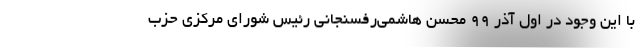
با این وجود در اول آذر ۹۹ محسن هاشمی‌رفسنجانی رئیس شورای مرکزی حزب